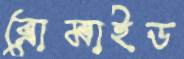
ব্রোমাইড